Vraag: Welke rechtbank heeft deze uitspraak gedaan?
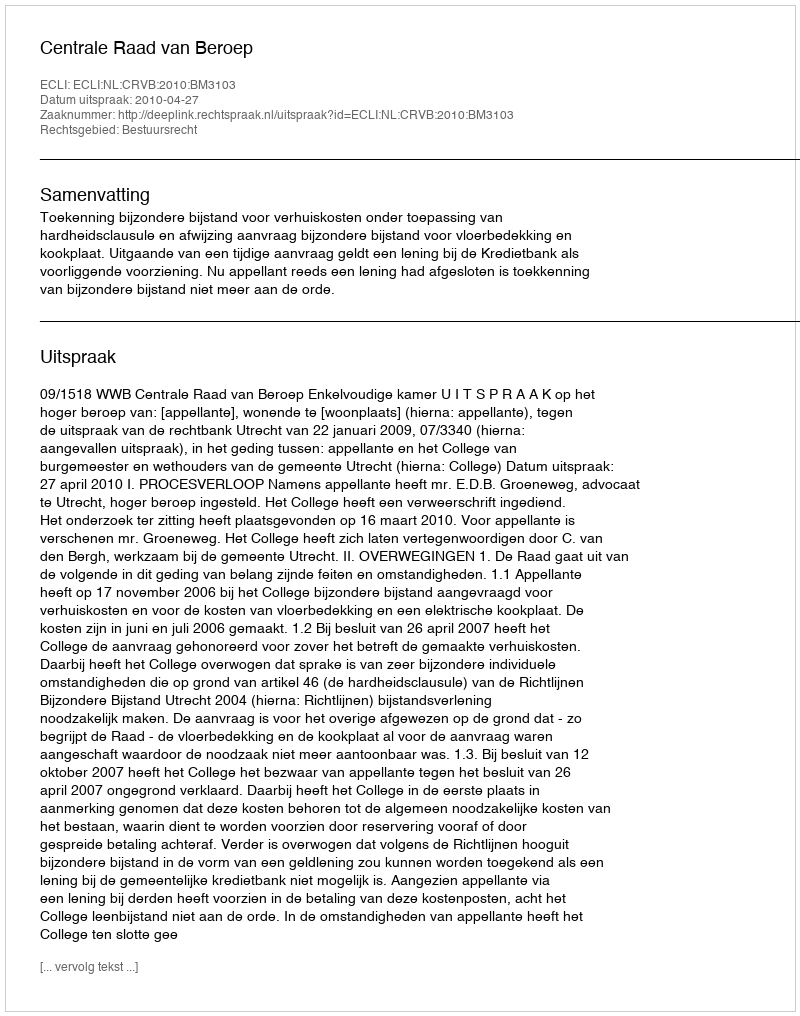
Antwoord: Centrale Raad van Beroep